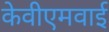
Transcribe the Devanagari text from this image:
केवीएमवाई